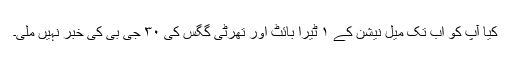
کیا آپ کو اب تک میل نیشن کے ۱ ٹیرا بائٹ اور تھرٹی گگس کی ۳۰ جی بی کی خبر نہیں ملی۔